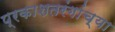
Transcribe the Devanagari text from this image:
प्रकाशतरंगांच्या